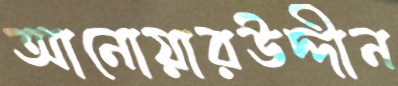
আনোয়ারউদ্দীন